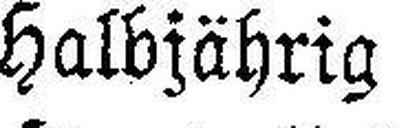
Halbjährig